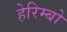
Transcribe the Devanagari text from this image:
हेरिम्बो